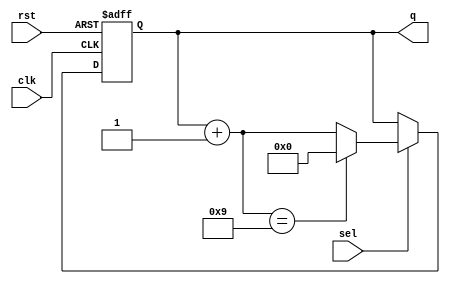
`timescale 1ns / 1ps
//////////////////////////////////////////////////////////////////////////////////
// Company: 
// Engineer: 
// 
// Design Name: 
// Module Name: bcd_up_down_counter
// Project Name: 
// Target Devices: 
// Tool Versions: 
// Description: 
// 
// Dependencies: 
// 
// Revision:
// Revision 0.01 - File Created
// Additional Comments:
// 
//////////////////////////////////////////////////////////////////////////////////


module bcd_up_down_counter(input clk,
    input rst,sel,
    output reg [3:0]q
);
always @(posedge clk or posedge rst) begin
    if (rst) begin
    q=4'b0000;
    end else if(sel) begin
        q=(q+1);
       if(q==4'b1001) begin
       q=4'b0000;
       end
        end
        else if(sel) begin
        q=(q-1);
       if(q==4'b1001) begin
       q=4'b0000;
       end
    end
end
endmodule